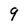
Character: 9